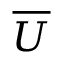
\overline { { U } }